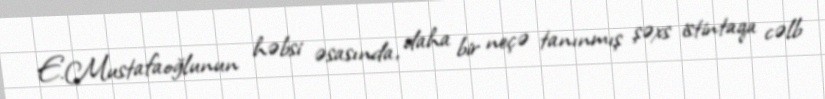
E.Mustafaoğlunun həbsi əsasında, daha bir neçə tanınmış şəxs istintaqa cəlb